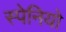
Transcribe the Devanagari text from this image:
स्पेनियो